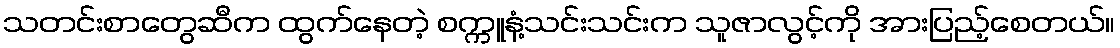
သတင်းစာတွေဆီက ထွက်နေတဲ့ စက္ကူနံ့သင်းသင်းက သူဇာလွင့်ကို အားပြည့်စေတယ်။